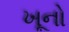
ખૂનો